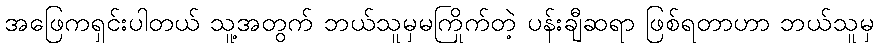
အဖြေကရှင်းပါတယ် သူ့အတွက် ဘယ်သူမှမကြိုက်တဲ့ ပန်းချီဆရာ ဖြစ်ရတာဟာ ဘယ်သူမှ